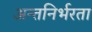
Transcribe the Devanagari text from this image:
अन्तनिर्भरता